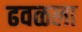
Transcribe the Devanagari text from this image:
ढवळला